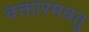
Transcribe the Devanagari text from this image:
वक्तारमवतु